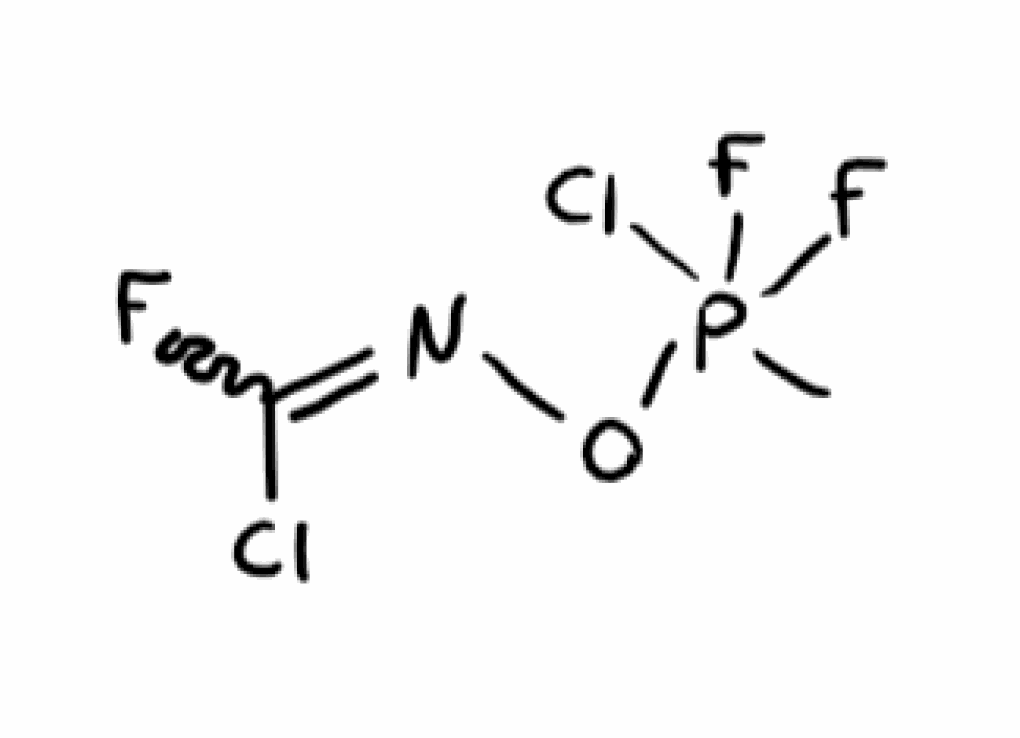
Simplified molecular-input line-entry system (SMILES) notation of the given molecule:
CP(ON=C(F)Cl)(F)(F)Cl